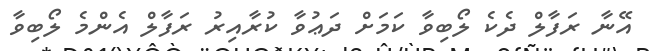
އޭނާ ރަފާލް ދެކެ ލޯބިވާ ކަމަށް ދަޢުވާ ކުރާއިރު ރަފާލް އެންމެ ލޯބިވާ